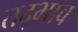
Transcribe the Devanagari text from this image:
तद्भाव